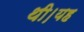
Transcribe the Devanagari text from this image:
थी।यह